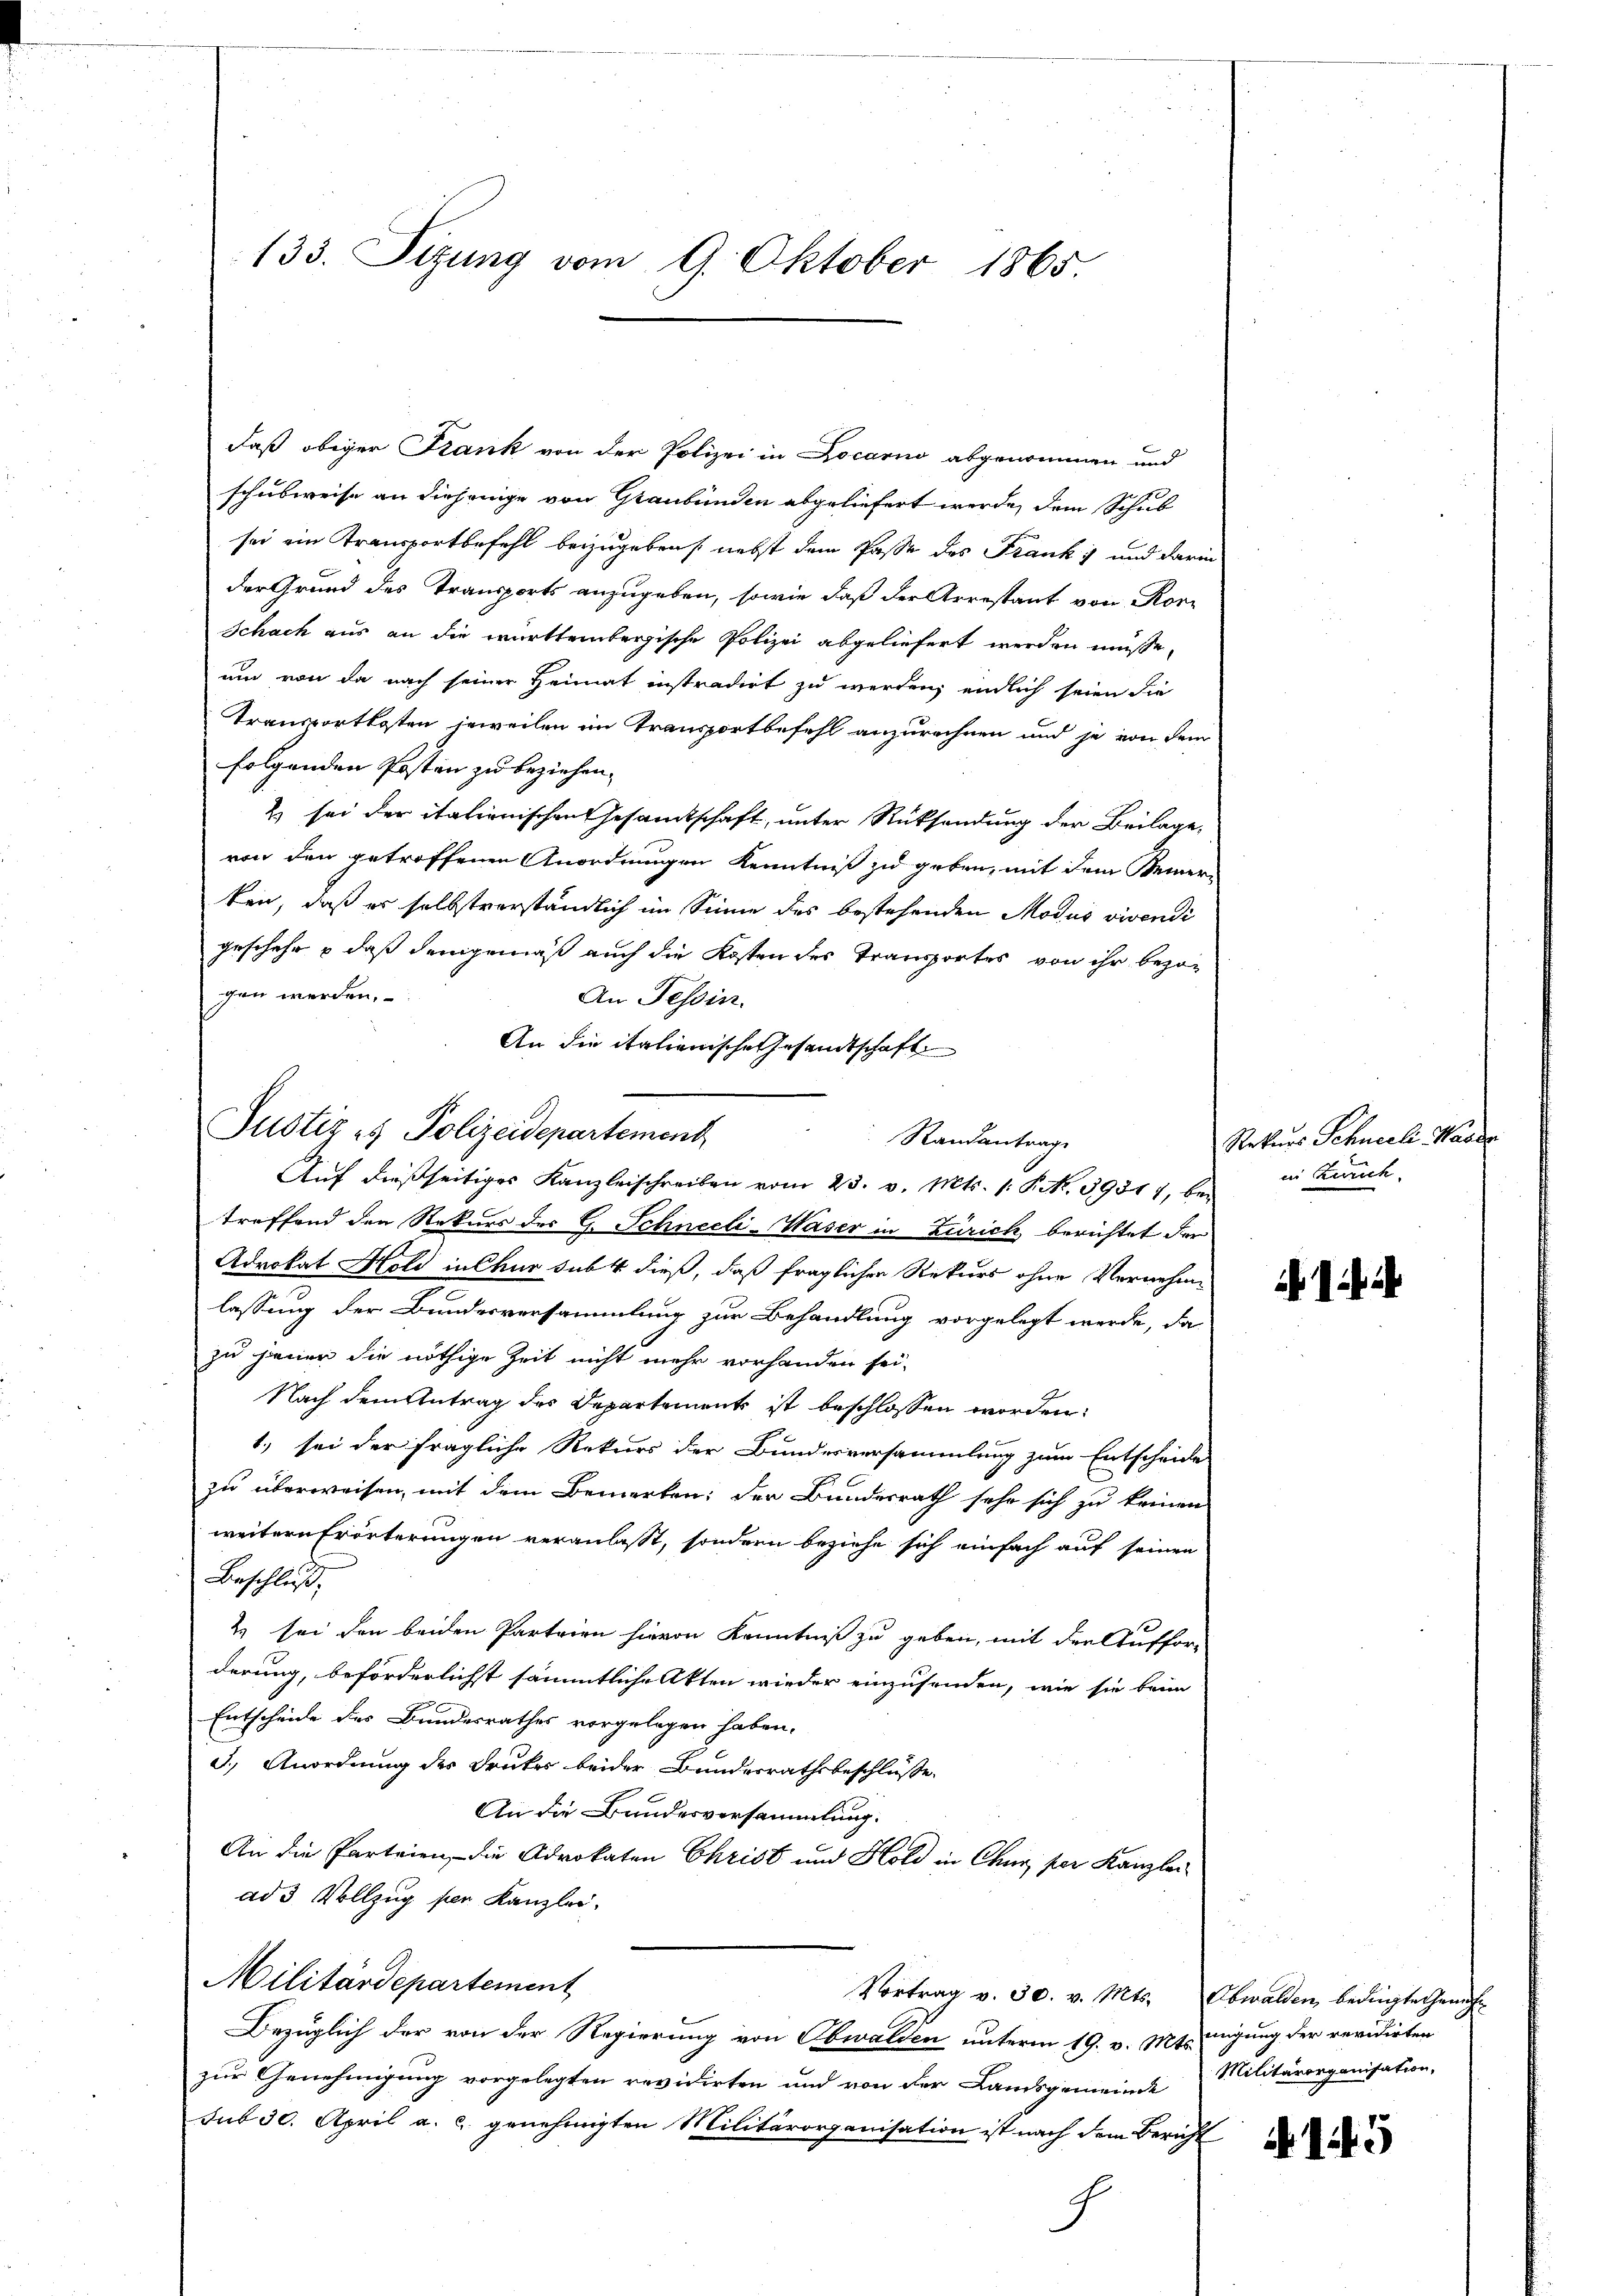
133. Sizung vom 9. Oktober 1865.

daß obiger Stank von der Polizei in Locarno abgenommen und
schubweise an diejenige von Graubünden abgeliefert werde, dem Schul
sei ein Transportbefehl beizugeben nebst dem Pässe des Franks und darin
der Grund des Transports anzugeben, sowie daß der Arrestant von Ror¬
Schach aus an die württembergische Polizei abgeliefert werden müsse,
um von da nach seiner Heimat instradirt zu werden, endlich seien die
Transportkosten jeweilen im Transportbefehl anzurechnen und je von dem
folgenden Posten zu beziehen.
2 sei der italienischen Gesamtschaft, unter Rücksendung der Beilage,
von den getroffenen Anordnungen Kenntniß zu geben, mit dem Bemerten, daß er selbstverständlich im Sinne des bestehenden Modus vivendi
geschehe & daß demgemäß auch die Kosten des Transportes von ihr bezog
gen werden.
An Tessin.
An die italienische Gesandtschaft
Auf dießseitiges Kanzleischreiben vom 23. v. Mts. 1. P. Nr. 39317, bei
treffend den Rekurs des G. Schneeli-Waser in Zürich berichtet der
Advokat Hold in Chur subt dieß, daß fraglichen Rekurs ohne Vernehme
lassung der Bundesversammlung zur Behandlung vorgelegt werde, da
zu jenen die nöthige Zeit nicht mehr vorhanden sei.
Nach dem Antrag des Departement ist beschlossen worden.
1.) sei der fragliche Rekurs der Bundesversammlung zum Entscheide
zu überweisen, mit dem Bemerken: der Bundesrath sehr sich zu keinen
weitern Erörterungen veranlasst, sondern beziehe sich einfach auf seinen
Beschluss,
2 sei den beiden Parteien hievon Kenntniß zu geben, mit den Auffor-
derung, beförderlichst sämmtliche Akten wieder einzusenden, wie sie beim
Entscheide des Bundesrathes vorgelegen haben.
3.) Anordnung der Druker beider Bundesrathsbeschlüsse.
An die Bundesversammlung.
An die Parteien, die Advokaten Christ und Hold in Chur, per Kanzlei
ad 3 Vollzug per Kanzlei.
Militärdepartement
Vortrag v. 30. v. Mts. Obwalden bedingte Gemüt-
Bezüglich der von der Regierung von Obwalden unterm 19. v. Mts. digung der revidirten
zur Genehmigung vorgelegten revidirten und von der Landsgemeinde Militärorganisation,
sub 30. April a. c. genehmigten Militärorganisation ist nach dem Bericht
G

Justiz & Polizeidepartement

Standantrage

Rekurs Schneeli-Wasse
in Zürich.

145